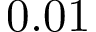
0 . 0 1